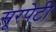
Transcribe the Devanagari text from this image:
सूरपेटी